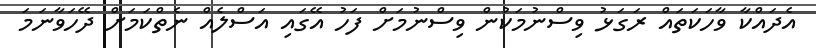
އެދައްކާ ވާހަކަތައް ރަގަޅު ވިސްނުމަކުން ވިސްނުމަށް ފަހު އޭގައި އަސްލެއް ނެތްކަމަށް ދޭހަވާނަމަ